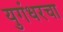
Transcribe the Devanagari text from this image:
युगंधरचा